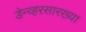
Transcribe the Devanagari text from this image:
डेन्व्हरसारख्या